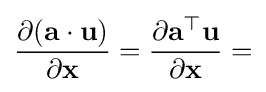
{\frac {\partial (\mathbf {a} \cdot \mathbf {u} )}{\partial \mathbf {x} }}={\frac {\partial \mathbf {a} ^{\top }\mathbf {u} }{\partial \mathbf {x} }}=